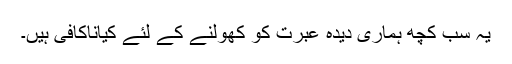
یہ سب کچھ ہماری دیدہ عبرت کو کھولنے کے لئے کیاناکافی ہیں۔